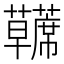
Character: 𫊘